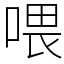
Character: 喂